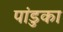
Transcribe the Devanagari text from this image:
पांडुका